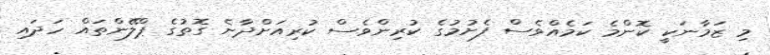
މި ޒަމާނަކީ ކޮންމެ ކަމެއްވެސް ފެށުމުގެ ކުރިންވެސް ކުރިއަށްދާނެ ގޮތުގެ ޕްލޭންތައް ހަދައި